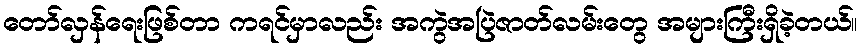
တော်လှန်ရေးဖြစ်တာ ကရင်မှာလည်း အကွဲအပြဲဇာတ်လမ်းတွေ အများကြီးရှိခဲ့တယ်။